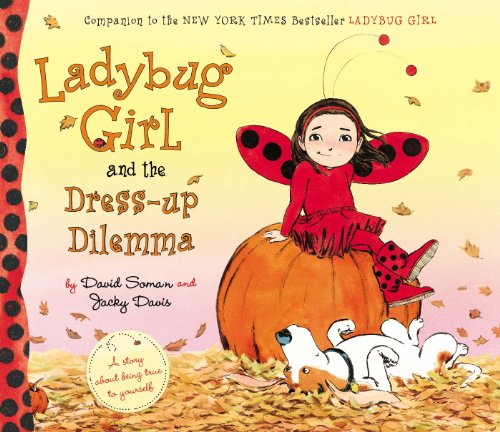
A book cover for Ladybug Girl and the Dress-up Dilemma; Jacky Davis; Children's Books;